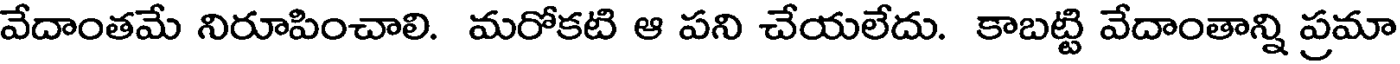
వేదాంతమే నిరూపించాలి. మరోకటి ఆ పని చేయలేదు. కాబట్టి వేదాంతాన్ని ప్రమా